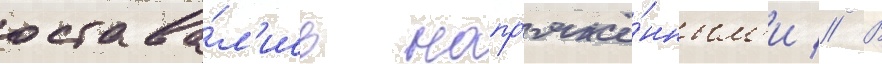
остава́л'ись напр'яжё́нным'и // В